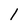
Character: 1